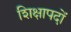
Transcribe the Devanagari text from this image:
शिक्षापदों